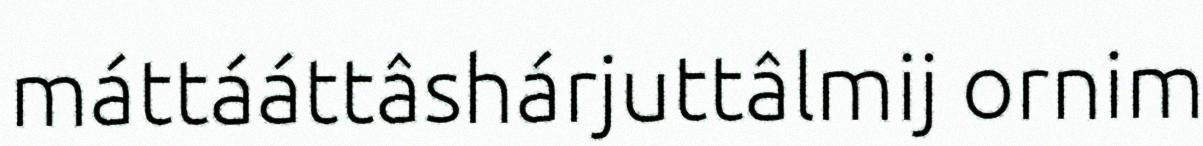
máttááttâshárjuttâlmij ornim